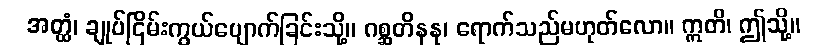
အတ္ထံ၊ ချုပ်ငြိမ်းကွယ်ပျောက်ခြင်းသို့။ ဂစ္ဆတိနနု၊ ရောက်သည်မဟုတ်လော။ ဣတိ၊ ဤသို့။